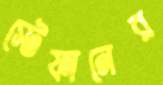
স্টেফানের